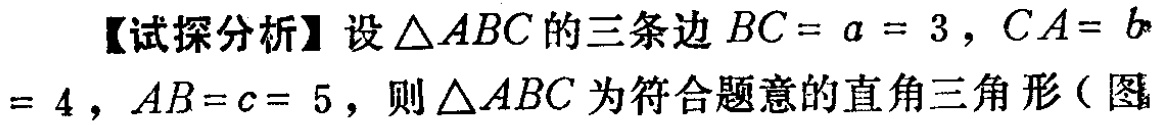
【试探分析】设\(\triangle ABC\)的三条边\(BC = a = 3\)，\(CA = b = 4\)，\(AB = c = 5\)，则\(\triangle ABC\)为符合题意的直角三角形（图